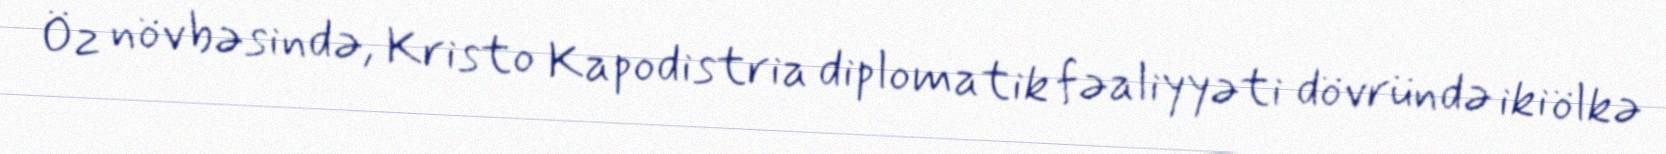
Öz növbəsində, Kristo Kapodistria diplomatik fəaliyyəti dövründə iki ölkə